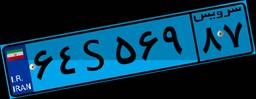
۸۰S۹۴۸۵۴